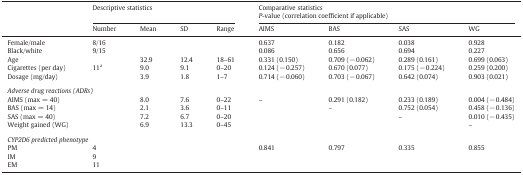
<table><thead><tr><td></td><td colspan="4"><b>Descriptive statistics</b></td><td colspan="4"><b>Comparative statistics<i>P</i>-value (correlation coefficient if applicable)</b></td></tr><tr><td><b>Number</b></td><td><b>Mean</b></td><td><b>SD</b></td><td><b>Range</b></td><td><b>AIMS</b></td><td><b>BAS</b></td><td><b>SAS</b></td><td><b>WG</b></td></tr></thead><tbody><tr><td>Female/male</td><td>8/16</td><td></td><td></td><td></td><td>0.637</td><td>0.182</td><td>0.038</td><td>0.928</td></tr><tr><td>Black/white</td><td>9/15</td><td></td><td></td><td></td><td>0.086</td><td>0.656</td><td>0.694</td><td>0.227</td></tr><tr><td>Age</td><td></td><td>32.9</td><td>12.4</td><td>18–61</td><td>0.331 (0.150)</td><td>0.709 (− 0.062)</td><td>0.289 (0.161)</td><td>0.699 (0.063)</td></tr><tr><td>Cigarettes (per day)</td><td>11a</td><td>9.0</td><td>9.1</td><td>0–20</td><td>0.124 (− 0.257)</td><td>0.670 (0.077)</td><td>0.175 (− 0.224)</td><td>0.259 (0.200)</td></tr><tr><td>Dosage (mg/day)</td><td></td><td>3.9</td><td>1.8</td><td>1–7</td><td>0.714 (− 0.060)</td><td>0.703 (− 0.067)</td><td>0.642 (0.074)</td><td>0.903 (0.021)</td></tr><tr><td colspan="9">  </td></tr><tr><td colspan="9"><i>Adverse drug reactions (ADRs)</i></td></tr><tr><td>AIMS (max = 40)</td><td></td><td>8.0</td><td>7.6</td><td>0–22</td><td>–</td><td>0.291 (0.182)</td><td>0.233 (0.189)</td><td>0.004 (− 0.484)</td></tr><tr><td>BAS (max = 14)</td><td></td><td>2.1</td><td>3.6</td><td>0–11</td><td></td><td>–</td><td>0.752 (0.054)</td><td>0.458 (− 0.136)</td></tr><tr><td>SAS (max = 40)</td><td></td><td>7.2</td><td>6.7</td><td>0–20</td><td></td><td></td><td>–</td><td>0.010 (− 0.435)</td></tr><tr><td>Weight gained (WG)</td><td></td><td>6.9</td><td>13.3</td><td>0–45</td><td></td><td></td><td></td><td>–</td></tr><tr><td colspan="9">  </td></tr><tr><td colspan="9"><i>CYP2D6 predicted phenotype</i></td></tr><tr><td>PM</td><td>4</td><td></td><td></td><td></td><td>0.841</td><td>0.797</td><td>0.335</td><td>0.855</td></tr><tr><td>IM</td><td>9</td><td></td><td></td><td></td><td></td><td></td><td></td><td></td></tr><tr><td>EM</td><td>11</td><td></td><td></td><td></td><td></td><td></td><td></td><td></td></tr></tbody></table>